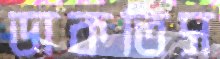
ডাকতিস